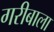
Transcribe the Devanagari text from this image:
गरीबाला